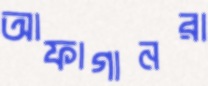
আফাগানরা